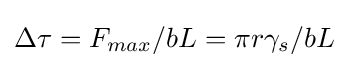
\Delta \tau =F_{max}/bL=\pi r\gamma _{s}/bL